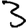
Digit: 3